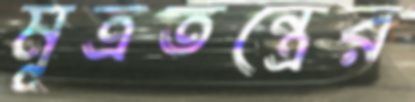
মূত্রতন্ত্রের